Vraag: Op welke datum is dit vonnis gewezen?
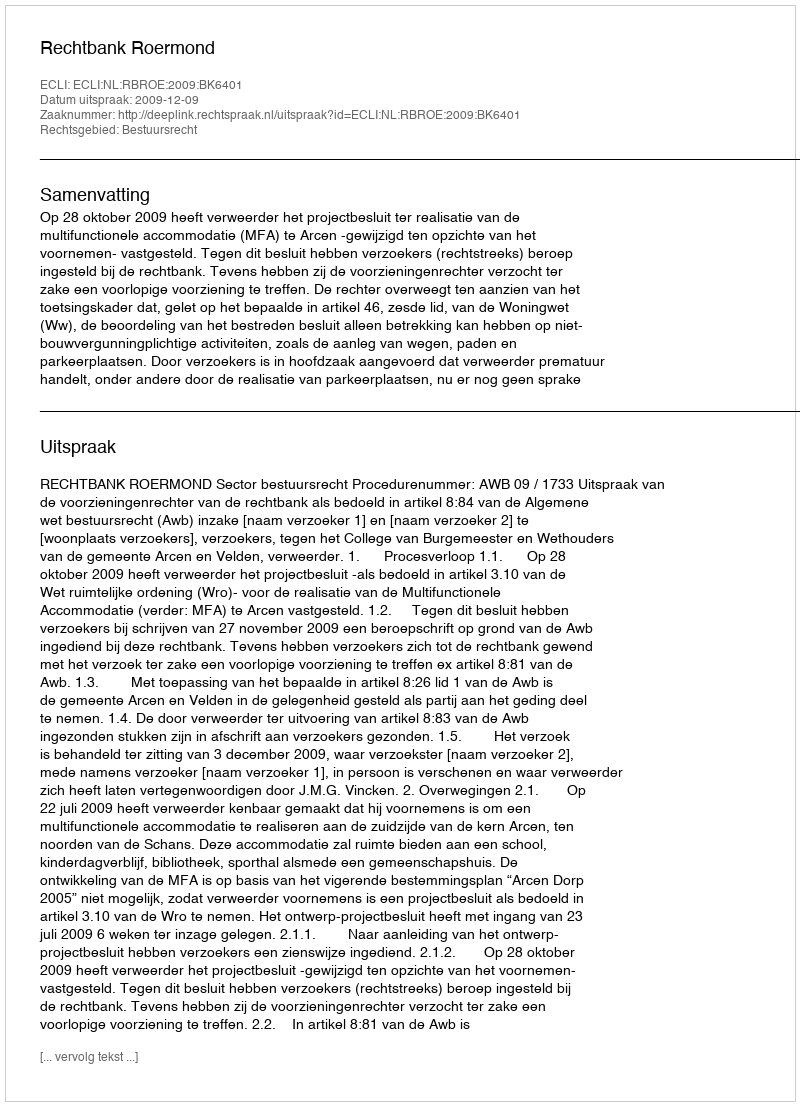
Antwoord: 2009-12-09